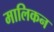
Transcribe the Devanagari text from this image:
मालिकन